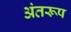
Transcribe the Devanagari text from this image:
अंतरूप